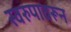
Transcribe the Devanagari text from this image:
स्वरुपावरून